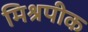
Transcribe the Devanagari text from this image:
मिश्रपीक